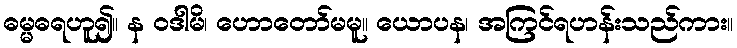
ဓမ္မဓရဟူ၍။ န ဝဒါမိ၊ ဟောတော်မမူ။ ယောပန၊ အကြင်ရဟန်းသည်ကား။